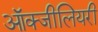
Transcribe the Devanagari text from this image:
ऑक्जीलियरी